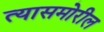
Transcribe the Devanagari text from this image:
त्यासमोरील